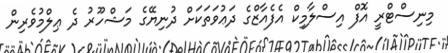
މިނިސްޓްރީ އޮފް އިސްލާމިކް އެފެއާޒްގެ ދަޢުވަތަކަށް ދުނިޔޭގެ މަޝްހޫރު ދެ ޢިލްމުވެރިން